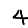
Digit: 4